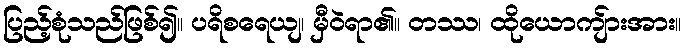
ပြည့်စုံသည်ဖြစ်၍။ ပရိစရေယျ၊ မှီဝဲရာ၏။ တဿ၊ ထိုယောကျ်ားအား။